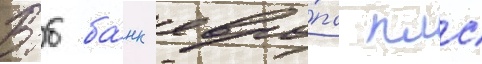
Втб ба́нк евро́па плс